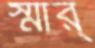
স্মার্